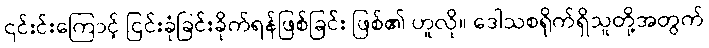
၎င်းင်းကြောင့် ငြင်းခုံခြင်းခိုက်ရန်ဖြစ်ခြင်း ဖြစ်၏ ဟူလို။ ဒေါသစရိုက်ရှိသူတို့အတွက်